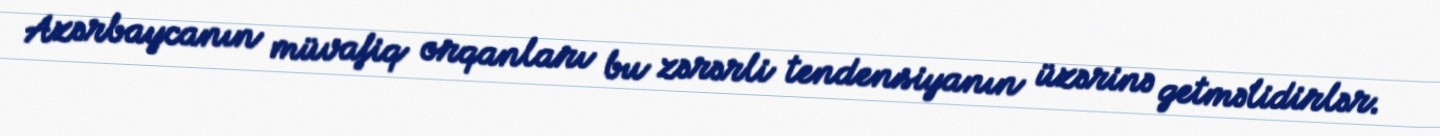
Azərbaycanın müvafiq orqanları bu zərərli tendensiyanın üzərinə getməlidirlər.